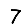
Digit: 7